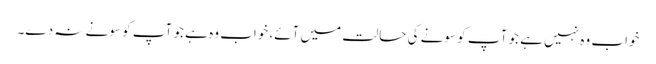
خواب وہ نہیں ہے جو آپ کو سونے کی حالت میں آئے، خواب وہ ہے جو آپ کو سونے نہ دے۔